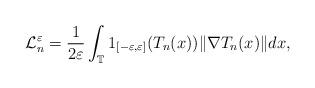
LaTeX: \begin{align*}\mathcal L_n^\varepsilon = \frac{1}{2\varepsilon}\int_{\mathbb T}1_{[-\varepsilon, \varepsilon]}(T_n(x)) \| \nabla T_n(x)\|dx,\end{align*}